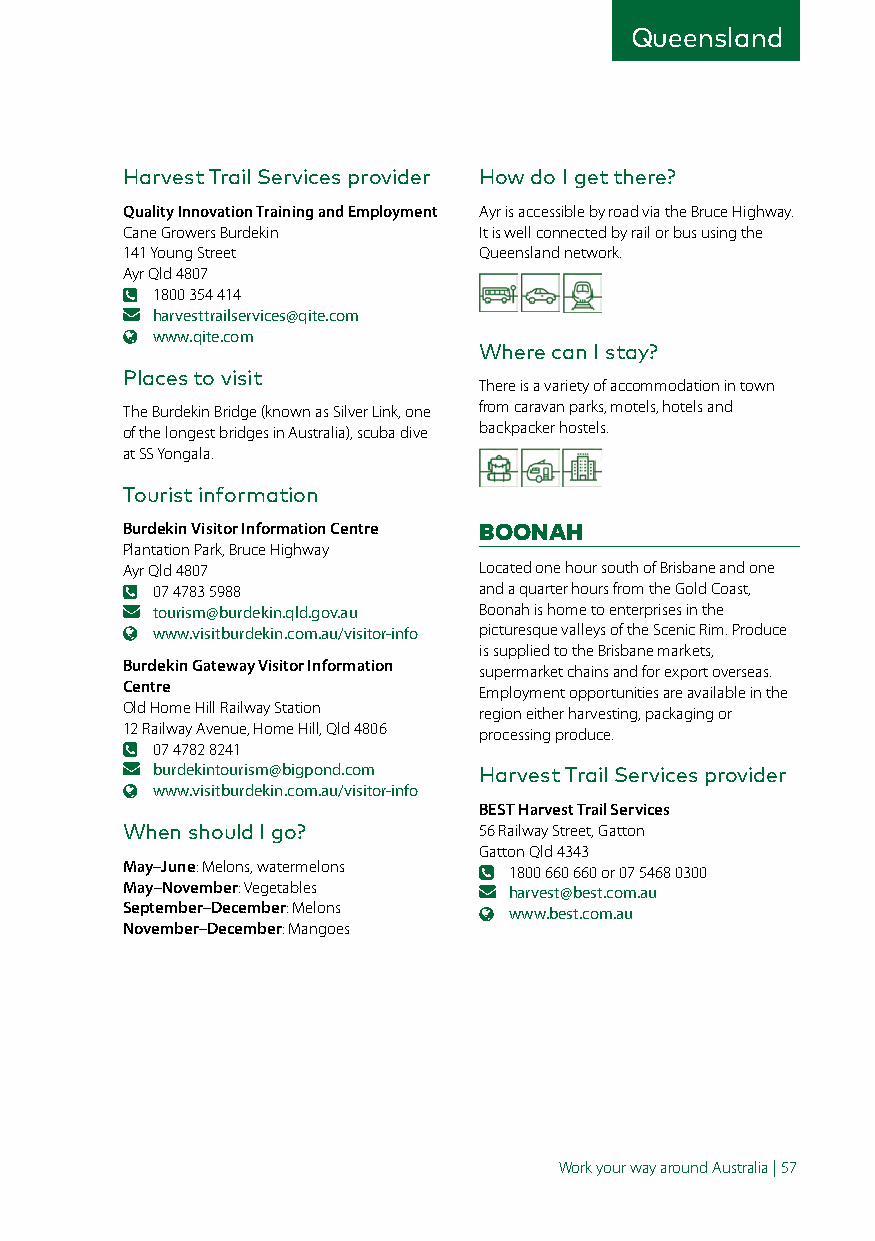
Queensland
 Harvest Trail Services provider How do I get there?
 Quality Innovation Training and Employment Ayr is accessible by road via the Bruce Highway.
 Cane Growers Burdekin   It is well connected by rail or bus using the
 141 Young Street        Queensland network.
 Ayr Qld 4807
 1800 354 414
 harvesttrailservices@qite.com
 www.qite.com
 Where can I stay?
 Places to visit
 There is a variety of accommodation in town
 The Burdekin Bridge (known as Silver Link, one from caravan parks, motels, hotels and
 of the longest bridges in Australia), scuba dive backpacker hostels.
 at SS Yongala.
 Tourist information
 Burdekin Visitor Information Centre BOONAH
 Plantation Park, Bruce Highway
 Ayr Qld 4807            Located one hour south of Brisbane and one
 07 4783 5988          and a quarter hours from the Gold Coast,
 tourism@burdekin.qld.gov.au Boonah is home to enterprises in the
 www.visitburdekin.com.au/visitor-info picturesque valleys of the Scenic Rim. Produce
 is supplied to the Brisbane markets,
 Burdekin Gateway Visitor Information supermarket chains and for export overseas.
 Centre                  Employment opportunities are available in the
 Old Home Hill Railway Station region either harvesting, packaging or
 12 Railway Avenue, Home Hill, Qld 4806 processing produce.
 07 4782 8241
 burdekintourism@bigpond.com Harvest Trail Services provider
 www.visitburdekin.com.au/visitor-info
 BEST Harvest Trail Services
 When should I go?       56 Railway Street, Gatton
 Gatton Qld 4343
 May–June: Melons, watermelons 1800 660 660 or 07 5468 0300
 May–November: Vegetables  harvest@best.com.au
 September–December: Melons www.best.com.au
 November–December: Mangoes
 Work your way around Australia | 57